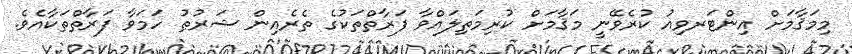
މިމަޤާމަށް އިންޓަރވިއު ކުރެވޭނީ މަޤާމަށް ކުރިމަތިލައްވާ ފަރާތްތަކުގެ ތެރެއިން ޝަރުޠު ހަމަވާ ފަރާތްތަކާއެވެ.